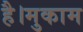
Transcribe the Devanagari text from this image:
है।मुकाम